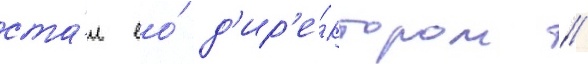
ста́л ео́ д'ир'е́ктором //